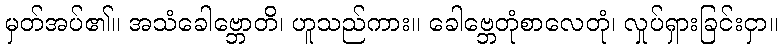
မှတ်အပ်၏။ အသံခေါဗ္ဘောတိ၊ ဟူသည်ကား။ ခေါဗ္ဘေတုံစာလေတုံ၊ လှုပ်ရှားခြင်းငှာ။